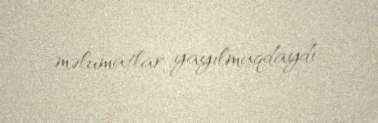
məlumatlar yayılmaqdaydı.